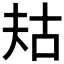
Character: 𫯤